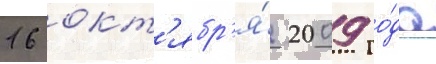
16 окт'ябр'я́ 2009 го́да